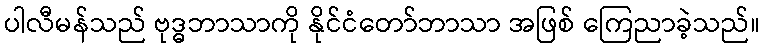
ပါလီမန်သည် ဗုဒ္ဓဘာသာကို နိုင်ငံတော်ဘာသာ အဖြစ် ကြေညာခဲ့သည်။